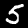
Digit: 5